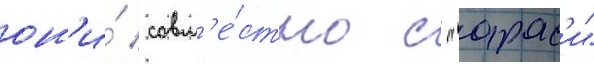
он'и́ совм'е́стно с "арас'и"